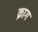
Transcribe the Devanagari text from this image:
क्राग